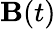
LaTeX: \mathbf{B}(t)